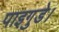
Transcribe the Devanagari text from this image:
पाइगुडे।